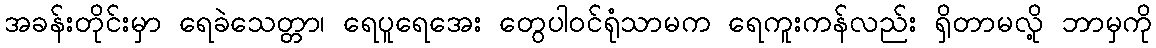
အခန်းတိုင်းမှာ ရေခဲသေတ္တာ၊ ရေပူရေအေး တွေပါ၀င်ရုံသာမက ရေကူးကန်လည်း ရှိတာမလို့ ဘာမှကို